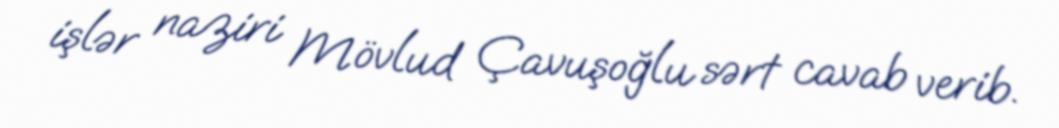
işlər naziri Mövlud Çavuşoğlu sərt cavab verib.